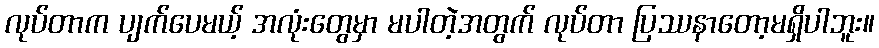
လုပ်တာက ပျက်ပေမယ့် အလုံးတွေမှာ မပါတဲ့အတွက် လုပ်တာ ပြဿနာတော့မရှိပါဘူး။